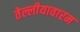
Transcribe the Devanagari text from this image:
तेल्लीयावारम